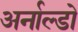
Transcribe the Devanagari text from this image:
अर्नाल्डो